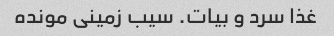
غذا سرد و بیات. سیب زمینی مونده